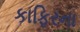
કાફિરના